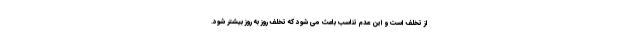
از تخلف است و این عدم تناسب باعث می شود که تخلف روز به روز بیشتر شود.